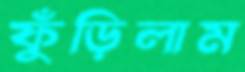
ফুঁড়িলাম